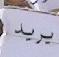
ير